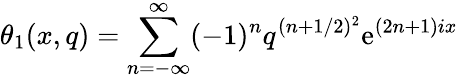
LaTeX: \theta_{1}(x,q)=\sum_{n=-\infty}^{\infty}(-1)^{n}q^{(n+1/2)^{2}}\mathrm{e}^{(2n+1)ix}